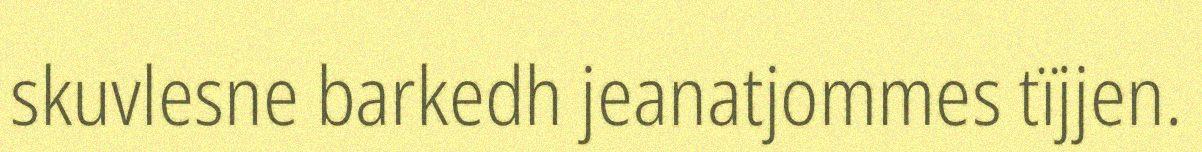
skuvlesne barkedh jeanatjommes tïjjen.